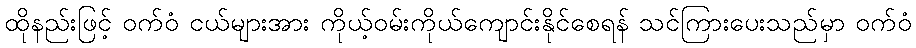
ထိုနည်းဖြင့် ဝက်ဝံ ငယ်များအား ကိုယ့်ဝမ်းကိုယ်ကျောင်းနိုင်စေရန် သင်ကြားပေးသည်မှာ ဝက်ဝံ